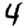
Digit: 4